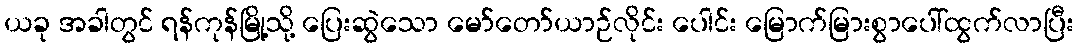
ယခု အခါတွင် ရန်ကုန်မြို့သို့ ပြေးဆွဲသော မော်တော်ယာဉ်လိုင်း ပေါင်း မြောက်မြားစွာပေါ်ထွက်လာပြီး